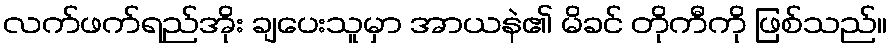
လက်ဖက်ရည်အိုး ချပေးသူမှာ အာယနဲ၏ မိခင် တိုကီကို ဖြစ်သည်။